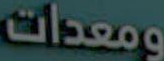
ومعدات